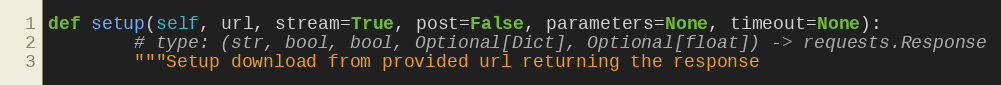
Language: Python
def setup(self, url, stream=True, post=False, parameters=None, timeout=None):
        # type: (str, bool, bool, Optional[Dict], Optional[float]) -> requests.Response
        """Setup download from provided url returning the response